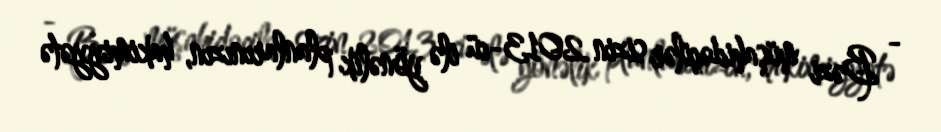
- Bəzi müşahidəçilər sizin 2013-cü ilə yönəlik planlarınızın, hakimiyyətə